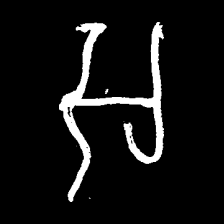
Pyu character \u2014 Myanmar letter: အ (romanized: a)